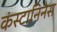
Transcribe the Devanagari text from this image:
कंस्टानिनेस